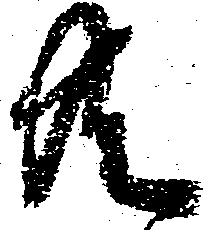
共